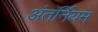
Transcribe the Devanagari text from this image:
अंतर्नियम